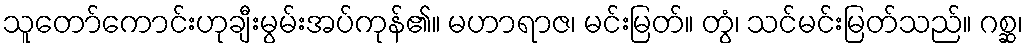
သူတော်ကောင်းဟုချီးမွမ်းအပ်ကုန်၏။ မဟာရာဇ၊ မင်းမြတ်။ တွံ၊ သင်မင်းမြတ်သည်။ ဂစ္ဆ၊